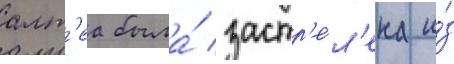
алт'еа была́ застр'е́л'ена и́з